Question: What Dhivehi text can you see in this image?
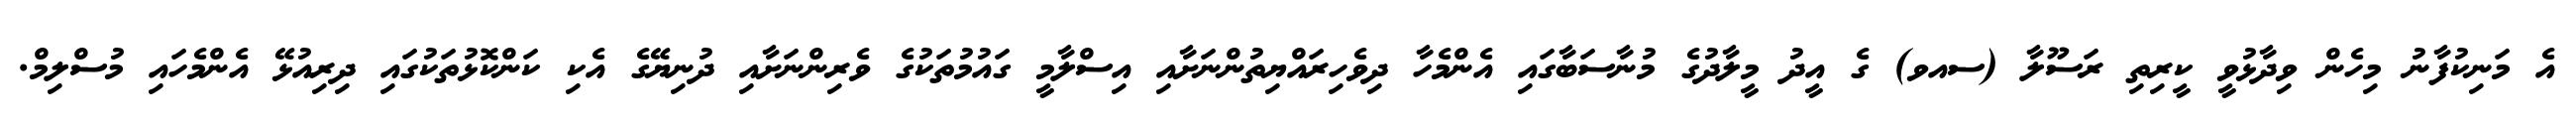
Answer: އެ މަނިކުފާނު މިހެން ވިދާޅުވީ ކީރިތި ރަސޫލާ (ސއވ) ގެ އީދު މީލާދުގެ މުނާސަބާގައި އެންމެހާ ދިވެހިރައްޔިތުންނަށާއި އިސްލާމީ ގައުމުތަކުގެ ވެރިންނަށާއި ދުނިޔޭގެ އެކި ކަންކޮޅުތަކުގައި ދިރިއުޅޭ އެންމެހައި މުސްލިމް.